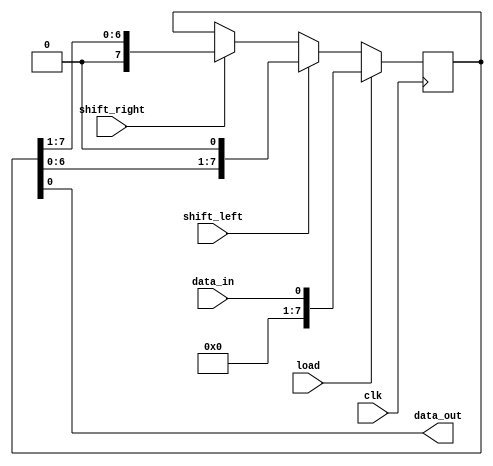
module shift_register(
    input data_in,
    input clk,
    input shift_left,
    input shift_right,
    input load,
    output reg data_out
);

reg [7:0] reg_data;

always @(posedge clk) begin
    if (load) begin
        reg_data <= data_in;
    end else begin
        if (shift_left) begin
            reg_data <= {reg_data[6:0], 1'b0};
        end else if (shift_right) begin
            reg_data <= {1'b0, reg_data[7:1]};
        end
    end
end

assign data_out = reg_data;

endmodule